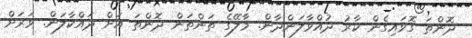
ދޮންތަ ގޮވައިގެން ކާރު ދުއްވާލަންދާން. މާލޭގެ ތަންތަން ދޮންތަ އަށް ދައްކާލަން. ވަރަށް